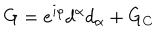
LaTeX: G = e ^ { i \rho } d ^ { \alpha } d _ { \alpha } + G _ { C }